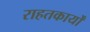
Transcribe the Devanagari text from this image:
राहतकार्यों